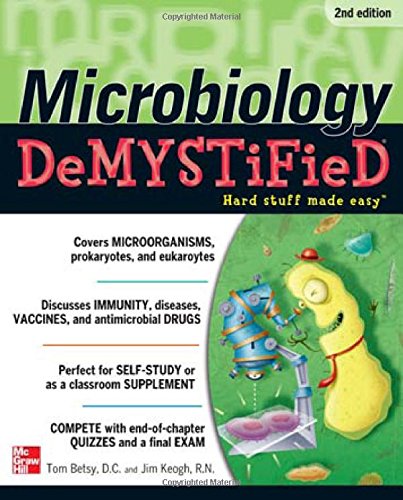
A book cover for Microbiology DeMYSTiFieD, 2nd Edition; Tom Betsy; Medical Books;